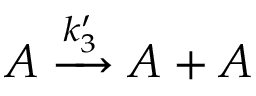
A \xrightarrow { k _ { 3 } ^ { \prime } } A + A